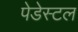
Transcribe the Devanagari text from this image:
पेडेस्टल